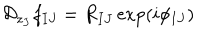
LaTeX: { \cal D } _ { z _ { J } } f _ { I J } ^ { } = R _ { I J } ^ { } \exp ( i \phi _ { I J } ^ { } )